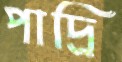
পাদ্রি